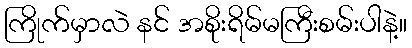
ကြိုက်မှာလဲ နင် အစိုးရိမ်မကြီးစမ်းပါနဲ့။